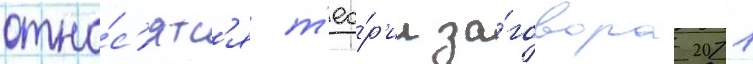
отно́с'ятс'я т'ео́р'ии за́говора 2011